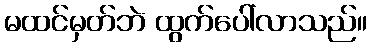
မထင်မှတ်ဘဲ ထွက်ပေါ်လာသည်။